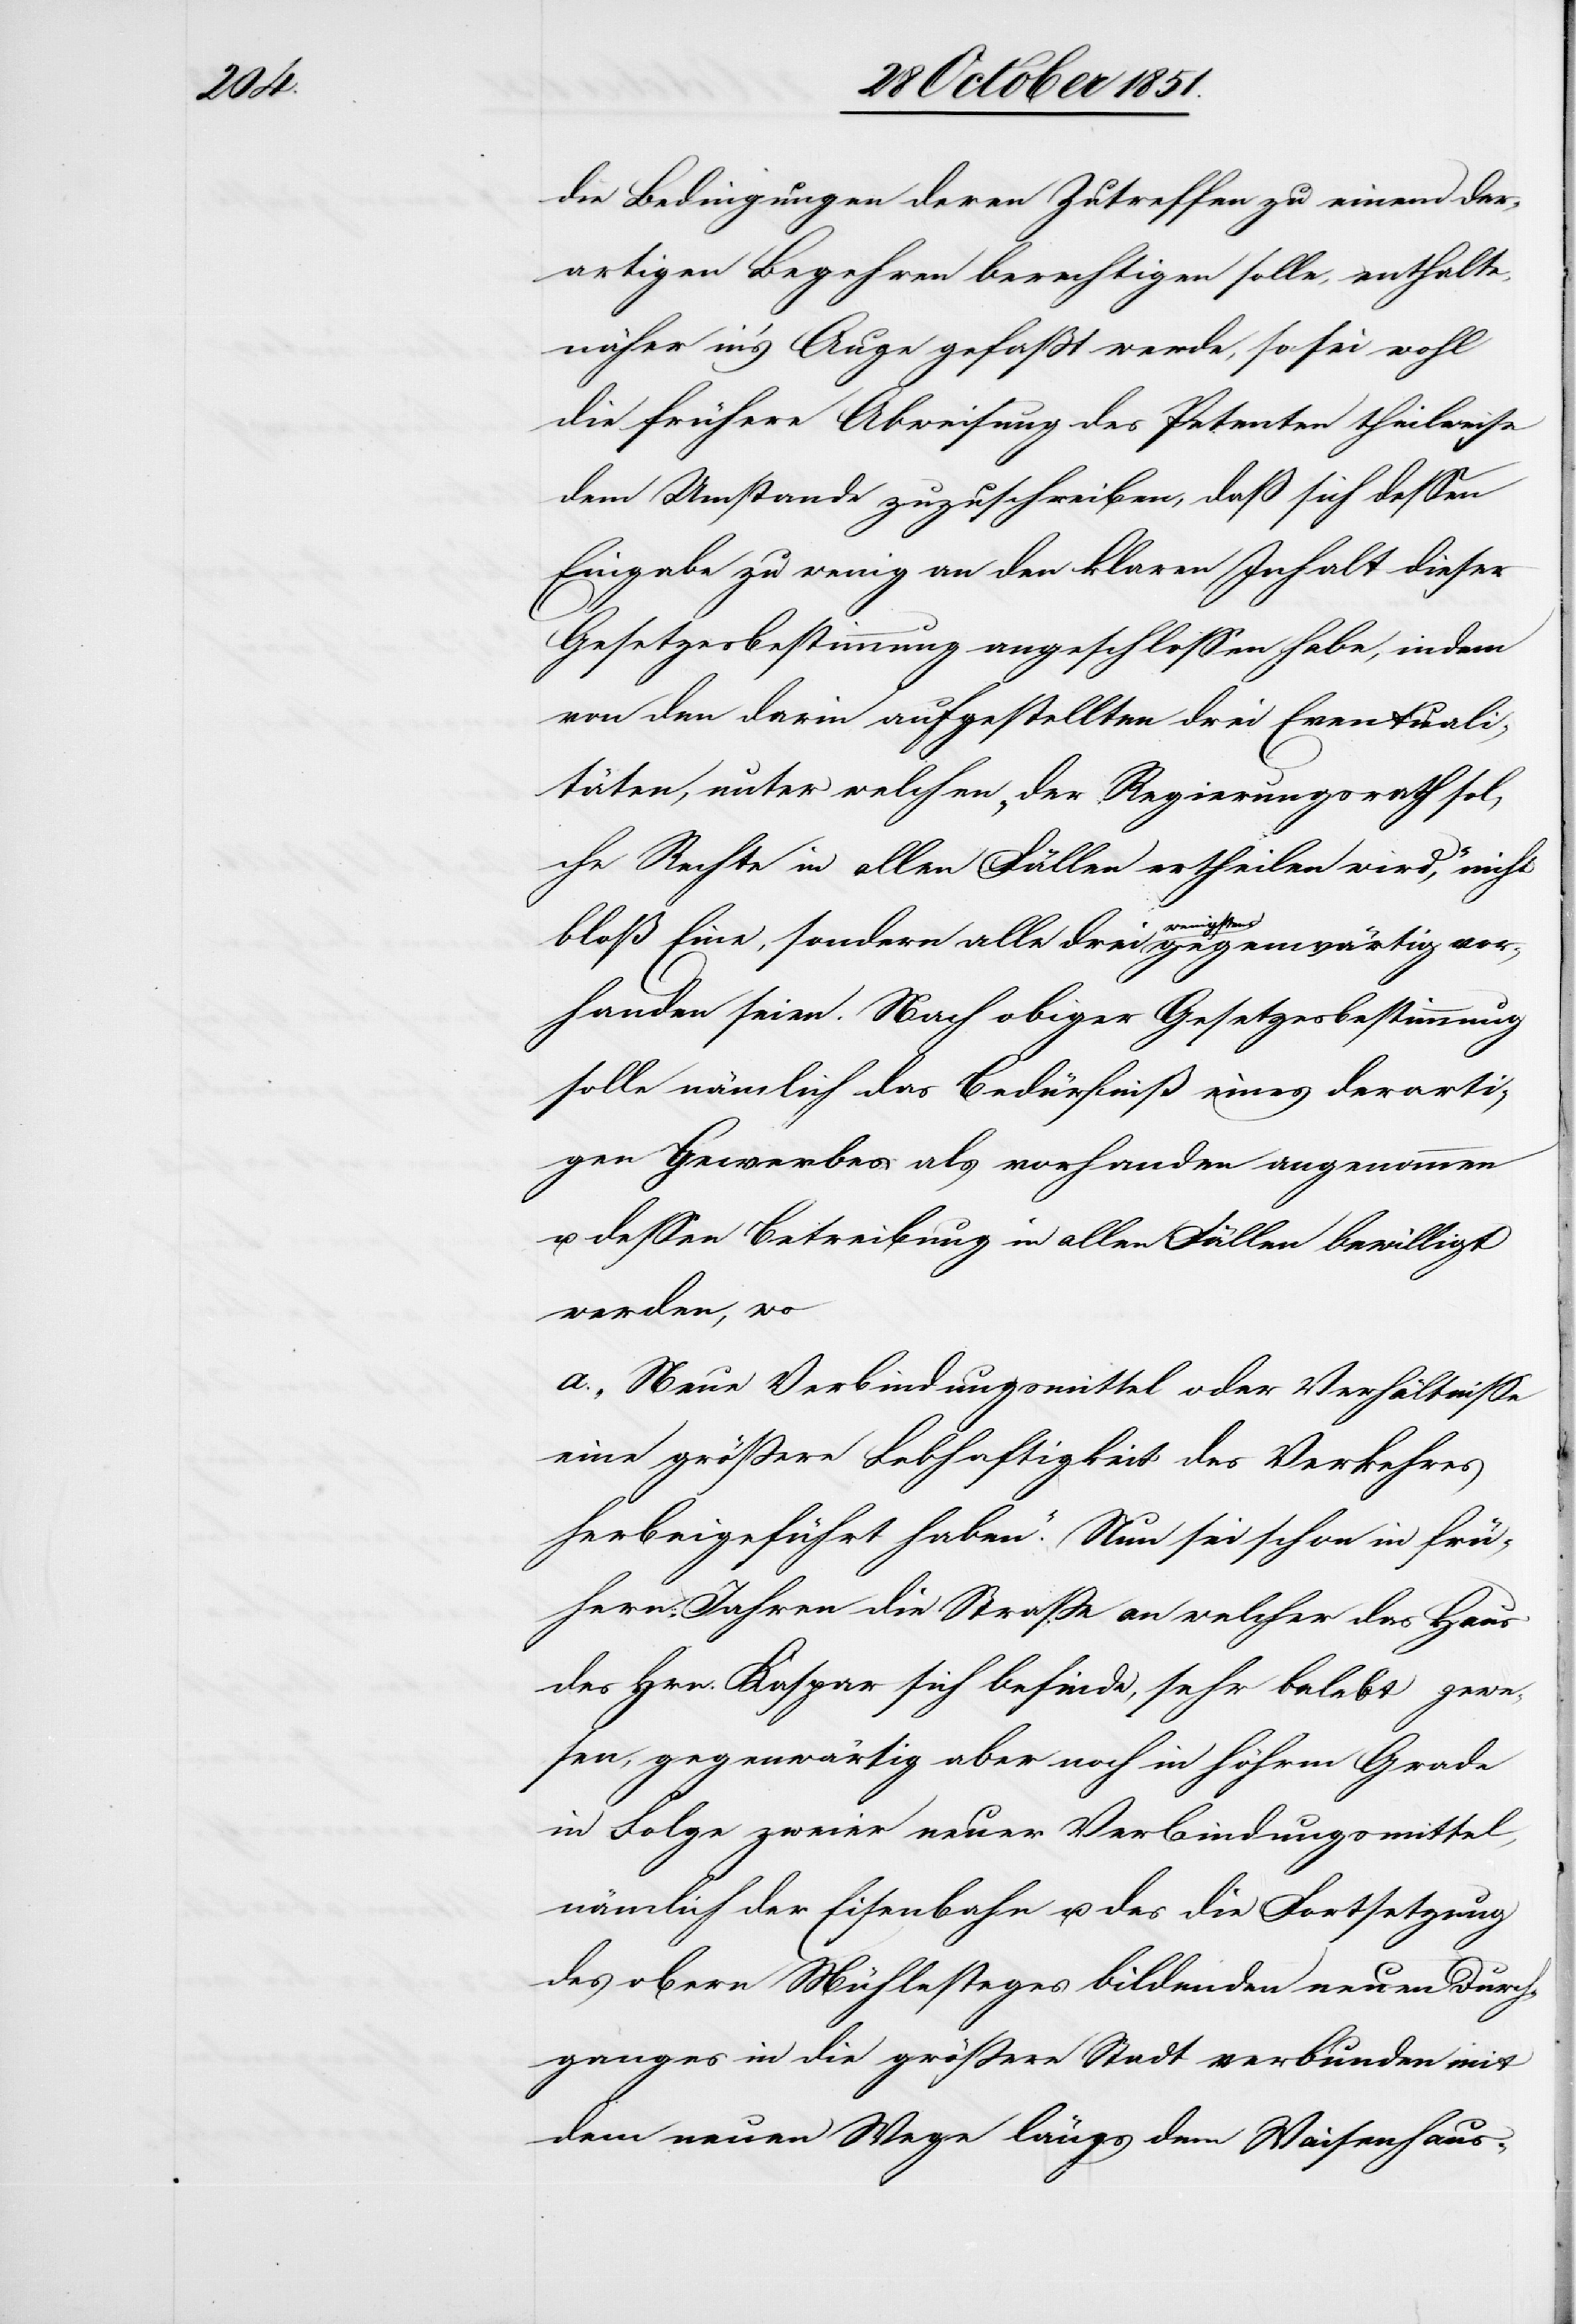
die Bedingungen deren Zutreffen zu einem der¬
artigen Begehren berechtigen solle, enthalte,
näher in’s Auge gefaßt werde, so sei wohl
die frühere Abweisung des Petenten theilweise
dem Umstande zuzuschreiben, daß sich dessen
Eingabe zu wenig an den klaren Inhalt dieser
Gesetzesbestimmung angeschlossen habe, indem
von den darin aufgestellten drei Eventuali¬
täten, unter welchen „der Regierungsrath sol¬
che Rechte in allen Fällen ertheilen wird,“ nicht
bloß Eine, sondern alle drei wenigstens gegenwärtig vor¬
handen seien. Nach obiger Gesetzesbestimmung
solle nämlich das Bedürfniß eines derarti¬
gen Gewerbes als vorhanden angenommen
u. dessen Betreibung in allen Fällen bewilligt
werden, wo
a. „Neue Verbindungsmittel oder Verhältnisse
eine größere Lebhaftigkeit des Verkehres
herbeigeführt haben.“ Nun sei schon in frü¬
hern Jahren die Straße an welcher das Haus
des Hrn. Kaspar sich befinde, sehr belebt gewe¬
sen, gegenwärtig aber noch in höh[e]rm Grade
in Folge zweier neuer Verbindungsmittel,
nämlich der Eisenbahn u. des die Fortsetzung
des obern Mühlesteges bildenden neuen Durch¬
ganges in die größere Stadt verbunden mit
dem neuen Wege längs dem Waisenhaus-